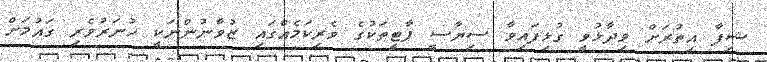
ޝިފާ އިތުރަށް ވިދާޅުވީ ގުޅިފައިވާ ސިޔާސީ ޕާޓީތަކުގެ ވެރިކަމެއްގައި ޒުވާނުންނަކީ ހުނަރުވެރި ގައުމަށް